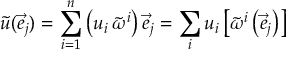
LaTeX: { \tilde { u } } ( { \vec { e } } _ { j } ) = \sum _ { i = 1 } ^ { n } \left( u _ { i } \, { \tilde { \omega } } ^ { i } \right) { \vec { e } } _ { j } = \sum _ { i } u _ { i } \left[ { \tilde { \omega } } ^ { i } \left( { \vec { e } } _ { j } \right) \right]